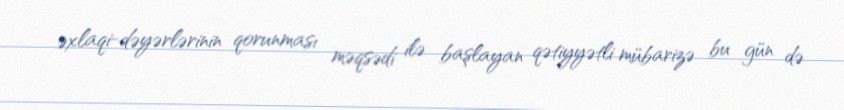
əxlaqi-dəyərlərinin qorunması məqsədi ilə başlayan qətiyyətli mübarizə bu gün də